Senior Leaving Certificate Examination (including Day School Certificate (Higher) General paper), 1950
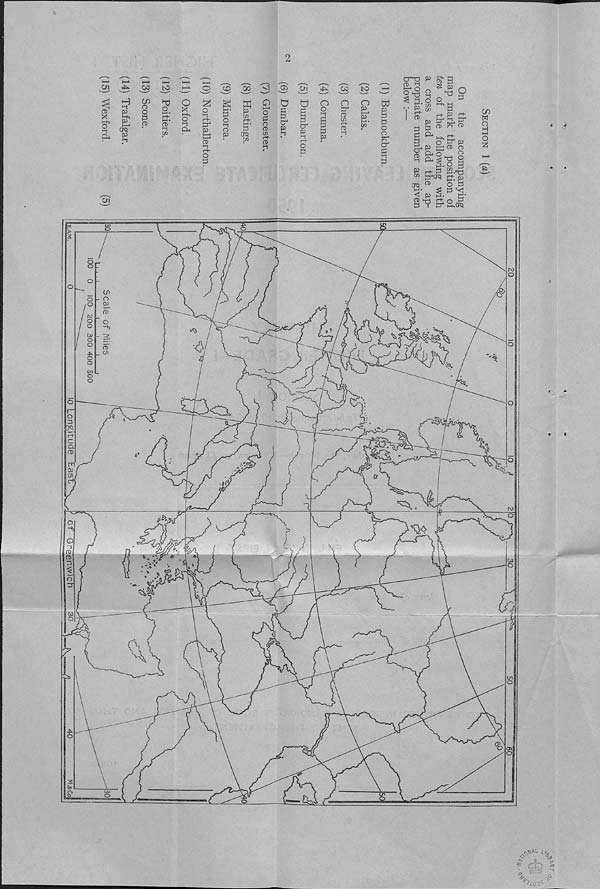
Ol
o>
X
o
a
03 to
O C£> 00
^03 Cn
03 tO
>-+>
P i—>
(K!
P •1
cn
o
o
!=S
(D
hj
o
O
x l-K
o l-i
o 1-1 ft-
p^
a> M r-t-
o
3
o i-i
o
p
K
p
t/i r+- h-*»
P
aq
O i—'
o
P
o 0)
a> I-!
b
d
P
D"
P >1
o
p
3
O' 1
p i-i ft-
o
p
o
o l-i
p
p
p
p
o
p 4
CD
cn r-i-
CD
1-1
n
p
E
cn
W
P
o
o
X"
a 4
P i-i
P
Cn
p ^ 3
^ p ^
O hP 03
i-r-i CJ
3 o^5 »
v
^3
P H-
1 ^ p
p p CD ^
P f-^- 1 ^ <-+•
3
3" p 5
P-* P tP 03 O
X d. c3
03
M
|
^ p 4 *^ ekIu
CD
o P
p- ^ P ‘C
2 Tj Cl o ^
P i p 4 H-hOrq
cn
w
o
H
I—»
o
!z!
o -
Cn
- o
ro _
-+>
*
Q
%
in l
Cl
pi
70,
a.
s
(1)
r‘
csa
3
L
o
#‘ L %
* ch 5
%;y Sis')**